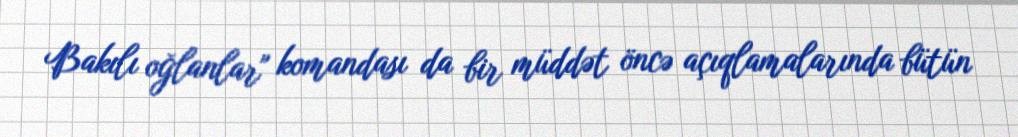
Bakılı oğlanlar" komandası da bir müddət öncə açıqlamalarında bütün